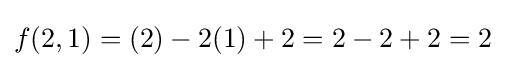
f(2,1)=(2)-2(1)+2=2-2+2=2